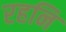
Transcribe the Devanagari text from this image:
रहनि